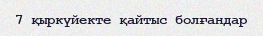
7 қыркүйекте қайтыс болғандар